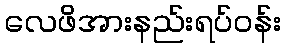
လေဖိအားနည်းရပ်ဝန်း